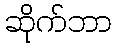
ဆိုက်ဘာ